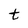
Character: t